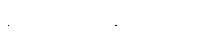
ရှင်းလင်းခဲ့ကြောင်း